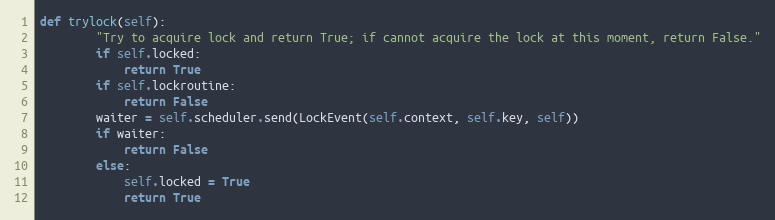
Language: Python
def trylock(self):
        "Try to acquire lock and return True; if cannot acquire the lock at this moment, return False."
        if self.locked:
            return True
        if self.lockroutine:
            return False
        waiter = self.scheduler.send(LockEvent(self.context, self.key, self))
        if waiter:
            return False
        else:
            self.locked = True
            return True